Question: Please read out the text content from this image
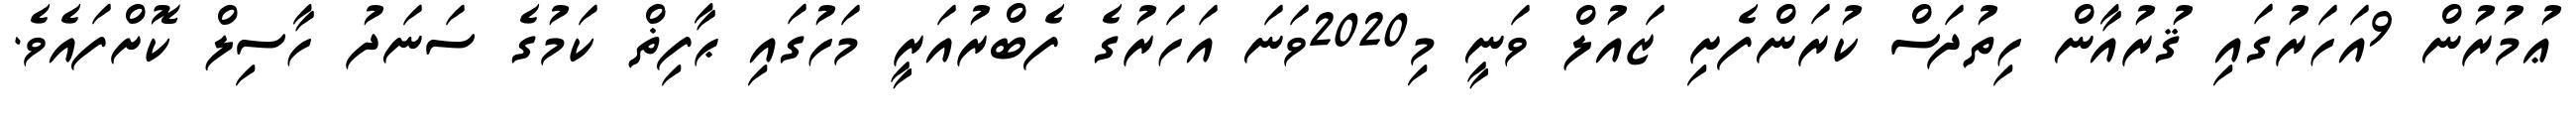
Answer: ޢުމުރުން 9އަހަރުގައި ޤުރުއާން ހިތުދަސް ކުރަންފެށި ޒައުލް ވަނީ މި2020ވަނަ އަހަރުގެ ފެބްރުއަރީ މަހުގައި ޙާފިޡް ކަމުގެ ސަނަދު ހާސިލް ކޮށްފައެވެ.